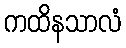
ကထိနသာလံ